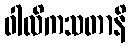
ဝါလိကသတာနိ